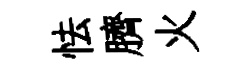
怯臍火